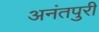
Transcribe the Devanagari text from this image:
अनंतपुरी